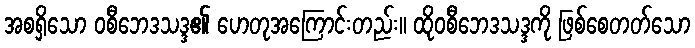
အစရှိသော ဝစီဘေဒသဒ္ဒ၏ ဟေတုအကြောင်းတည်း။ ထိုဝစီဘေဒသဒ္ဒကို ဖြစ်စေတတ်သော